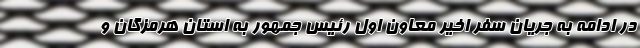
در ادامه به جریان سفر اخیر معاون اول رئیس جمهور به استان هرمزگان و